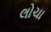
લોચા